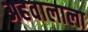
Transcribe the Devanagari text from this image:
अहवालाला